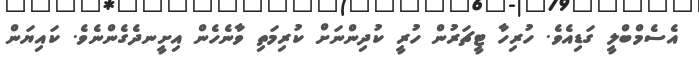
އެސެމްބްލީ ގަޑިއެވެ. ހުރިހާ ޓީޗަރުން ހުރީ ކުދިންނަށް ކުރިމަތި ވާނެހެން އިށީނދެގެންނެވެ. ކައިޔަން